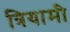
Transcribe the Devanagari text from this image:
त्रियामी